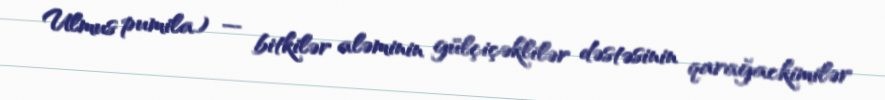
Ulmus pumila) — bitkilər aləminin gülçiçəklilər dəstəsinin qarağackimilər